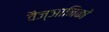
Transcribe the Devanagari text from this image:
वैज्ञानिकाें